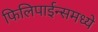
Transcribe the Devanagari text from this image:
फिलिपाईन्समध्ये